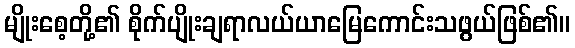
မျိုးစေ့တို့၏ စိုက်ပျိုးချရာလယ်ယာမြေကောင်းသဖွယ်ဖြစ်၏။